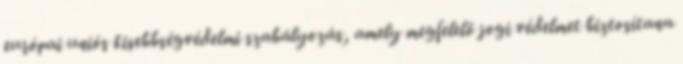
európai uniós kisebbségvédelmi szabályozás, amely megfelelő jogi védelmet biztosítana